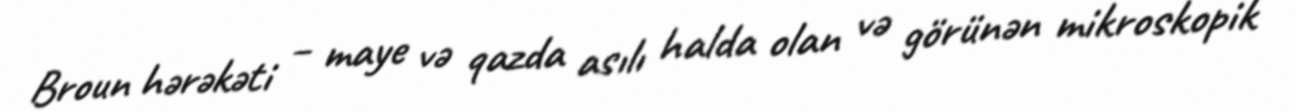
Broun hərəkəti – maye və qazda asılı halda olan və görünən mikroskopik